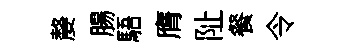
嫠腸䮏膺阯餐令